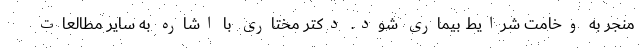
منجر به وخامت شرایط بیماری شود. دکتر مختاری با اشاره به سایر مطالعات